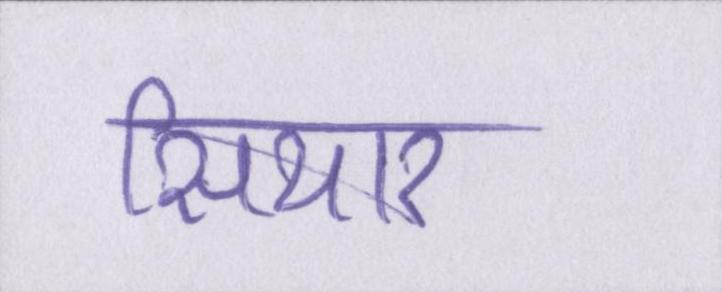
सियार